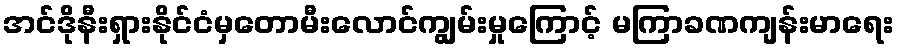
အင်ဒိုနီးရှားနိုင်ငံမှတောမီးလောင်ကျွမ်းမှုကြောင့် မကြာခဏကျန်းမာရေး